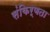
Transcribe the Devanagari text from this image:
संकिर्णता